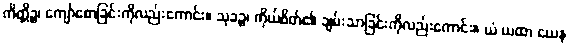
ကိတ္တိဉ္စ၊ ကျော်စောခြင်းကိုလည်းကောင်း။ သုခဉ္စ၊ ကိုယ်စိတ်၏ ချမ်းသာခြင်းကိုလည်းကောင်း။ ယံ ယထာ ယေန